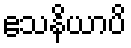
ဧသနိယာပိ